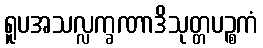
ရူပအသလ္လက္ခဏာဒိသုတ္တပဉ္စကံ